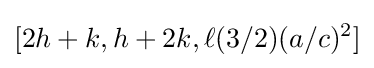
[2h+k,h+2k,\ell (3/2)(a/c)^{2}]